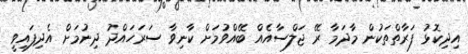
އިދިކޮޅު ފަރާތްތަކުން މާދަމާ ރޭ ޖަލްސާއެއް ބޭއްވުމަށް ކާނިވާ ސަރަހައްދު ދިނުމަށް އެދިފައިވީ